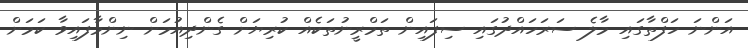
އަންނަ ހަފްތާގައި މާލެ ސަރަހައްދުގައިި ސިފައިން ތަމްރީނުތަކެއް ކުރިޔަށް ގެންދިއުމަށް ނިންމާފައިވާ ކަމަށް